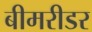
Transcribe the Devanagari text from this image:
बीमरीडर